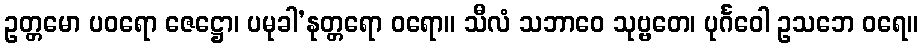
ဥတ္တမော ပဝရော ဇေဋ္ဌော၊ ပမုခါ’နုတ္တရော ဝရော။ သီလံ သဘာဝေ သုဗ္ဗတေ၊ ပုင်္ဂဝေါ ဥသဘေ ဝရေ။